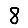
Digit: 8